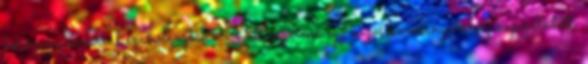
kormánycsavarral szabályozták. A két vezérmű egy közös kormányműhöz kapcsolódott.